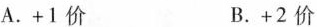
A.+1价 B.+2价